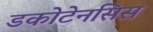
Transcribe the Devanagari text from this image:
डकोटेनसिस